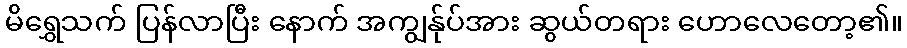
မိရွှေသက် ပြန်လာပြီး နောက် အကျွန်ုပ်အား ဆွယ်တရား ဟောလေတော့၏။